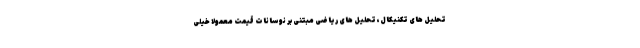
تحلیل های تکنیکال، تحلیل های ریاضی مبتنی بر نوسانات قیمت معمولا خیلی